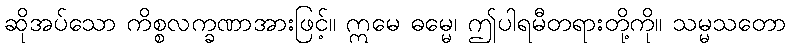
ဆိုအပ်သော ကိစ္စလက္ခဏာအားဖြင့်။ ဣမေ ဓမ္မေ၊ ဤပါရမီတရားတို့ကို။ သမ္မသတော